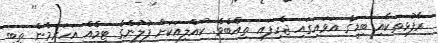
ރާފުޅިތަކާއި ބިޑީގެ އަވައިގައި ޖެހިފައި ތިއްބެވެ. ކުއްލިއަކަށް ފުލުންގެ ޓީމެއް އަހަރެމެން ތިބި